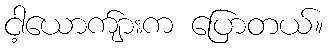
ငါ့ယောက်ျားက ပြောတယ်။